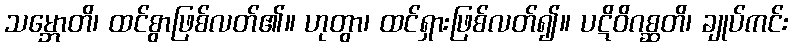
သမ္ဘောတိ၊ ထင်စွာဖြစ်လတ်၏။ ဟုတွာ၊ ထင်ရှားဖြစ်လတ်၍။ ပဋိဝိဂစ္ဆတိ၊ ချုပ်ကင်း